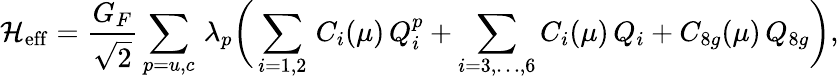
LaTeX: {\cal H}_{\mathrm{eff}}=\frac{G_{F}}{\sqrt 2}\sum_{p=u,c}\, \lambda_{p}\bigg(\sum_{i=1,2}\, C_{i}(\mu)\, Q_{i}^{p}+\sum_{i=3,\dots,6}C_{i}(\mu)\, Q_{i}+C_{8g}(\mu)\, Q_{8g}\bigg),